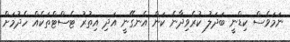
ނަމަވެސް ކިޑްނީ ބަދަލު ކުރެވިދާނެ ކަން އެނގޭނީ އަދި އިތުރު ޓެސްޓްތަކެއް ހެދުމަށް